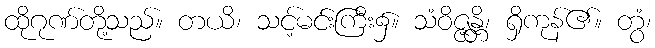
ထိုဂုဏ်တို့သည်။ တယိ၊ သင့်မင်းကြီး၌။ သံဝိဇ္ဇန္တိ၊ ရှိကုန်၏။ တွံ၊